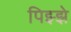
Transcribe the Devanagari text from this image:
पिझ्झे